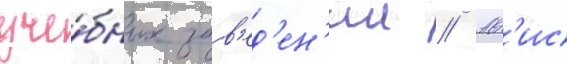
уче́бных зав'ед'ен'ии // Ав'ис